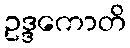
ဥဒ္ဒကောတိ